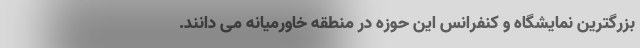
بزرگترین نمایشگاه و کنفرانس این حوزه در منطقه خاورمیانه می دانند.